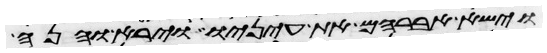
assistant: וישא אברהם את עיניו וירא והנה